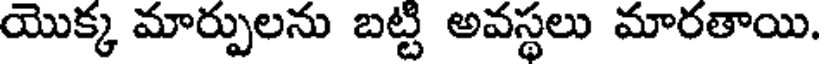
యొక్క మార్పులను బట్టి అవస్థలు మారతాయి.